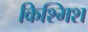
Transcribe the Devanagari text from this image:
किश्मिश